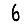
Digit: 6